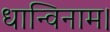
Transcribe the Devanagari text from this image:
धान्विनाम।